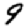
Digit: 9